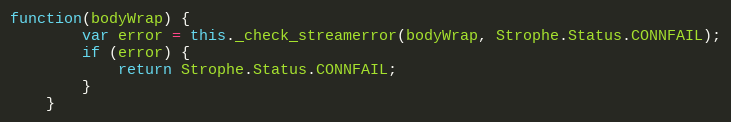
Language: JavaScript
function(bodyWrap) {
        var error = this._check_streamerror(bodyWrap, Strophe.Status.CONNFAIL);
        if (error) {
            return Strophe.Status.CONNFAIL;
        }
    }